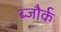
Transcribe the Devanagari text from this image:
ब्जौर्क